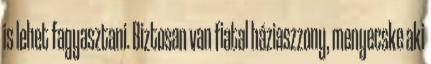
is lehet fagyasztani. Biztosan van fiatal háziaszzony, menyecske aki